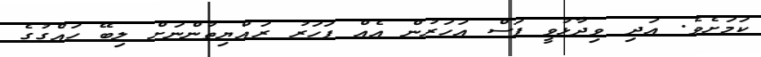
ކަމަށެވެ. އަދި ވިދާޅުވީ ފަސް އަހަރުން އެއް ފަހަރު ރައްޔިތުންނަށް ލިބޭ ހައްގުގެ